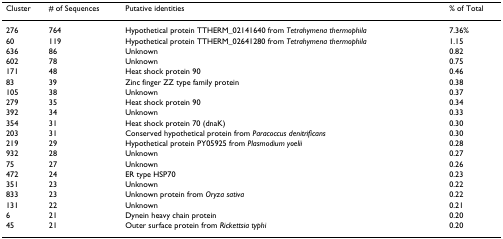
| Cluster | # of Sequences | Putative identities | % of Total |
 | --- | --- | --- | --- |
 | 276 | 764 | Hypothetical protein TTHERM_02141640 from Tetrahymena thermophila | 7.36% |
 | 60 | 119 | Hypothetical protein TTHERM_02641280 from Tetrahymena thermophila | 1.15 |
 | 636 | 86 | Unknown | 0.82 |
 | 602 | 78 | Unknown | 0.75 |
 | 171 | 48 | Heat shock protein 90 | 0.46 |
 | 83 | 39 | Zinc finger ZZ type family protein | 0.38 |
 | 105 | 38 | Unknown | 0.37 |
 | 279 | 35 | Heat shock protein 90 | 0.34 |
 | 392 | 34 | Unknown | 0.33 |
 | 354 | 31 | Heat shock protein 70 (dnaK) | 0.30 |
 | 203 | 31 | Conserved hypothetical protein from Paracoccus denitrificans | 0.30 |
 | 219 | 29 | Hypothetical protein PY05925 from Plasmodium yoelii | 0.28 |
 | 932 | 28 | Unknown | 0.27 |
 | 75 | 27 | Unknown | 0.26 |
 | 472 | 24 | ER type HSP70 | 0.23 |
 | 351 | 23 | Unknown | 0.22 |
 | 833 | 23 | Unknown protein from Oryza sativa | 0.22 |
 | 131 | 22 | Unknown | 0.21 |
 | 6 | 21 | Dynein heavy chain protein | 0.20 |
 | 45 | 21 | Outer surface protein from Rickettsia typhi | 0.20 |